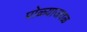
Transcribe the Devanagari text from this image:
पोळ्याजवळ